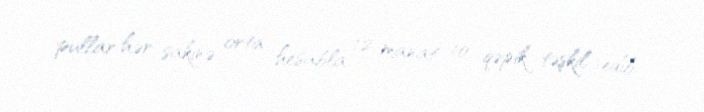
pullar hər sakinə orta hesabla 12 manat 10 qəpik təşkil edib.